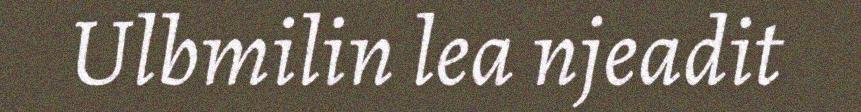
Ulbmilin lea njeadit